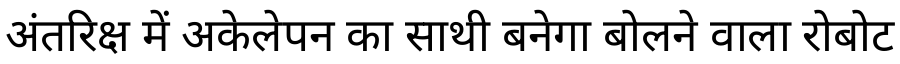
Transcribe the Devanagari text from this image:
अंतरिक्ष में अकेलेपन का साथी बनेगा बोलने वाला रोबोट